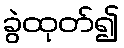
ခွဲထုတ်၍